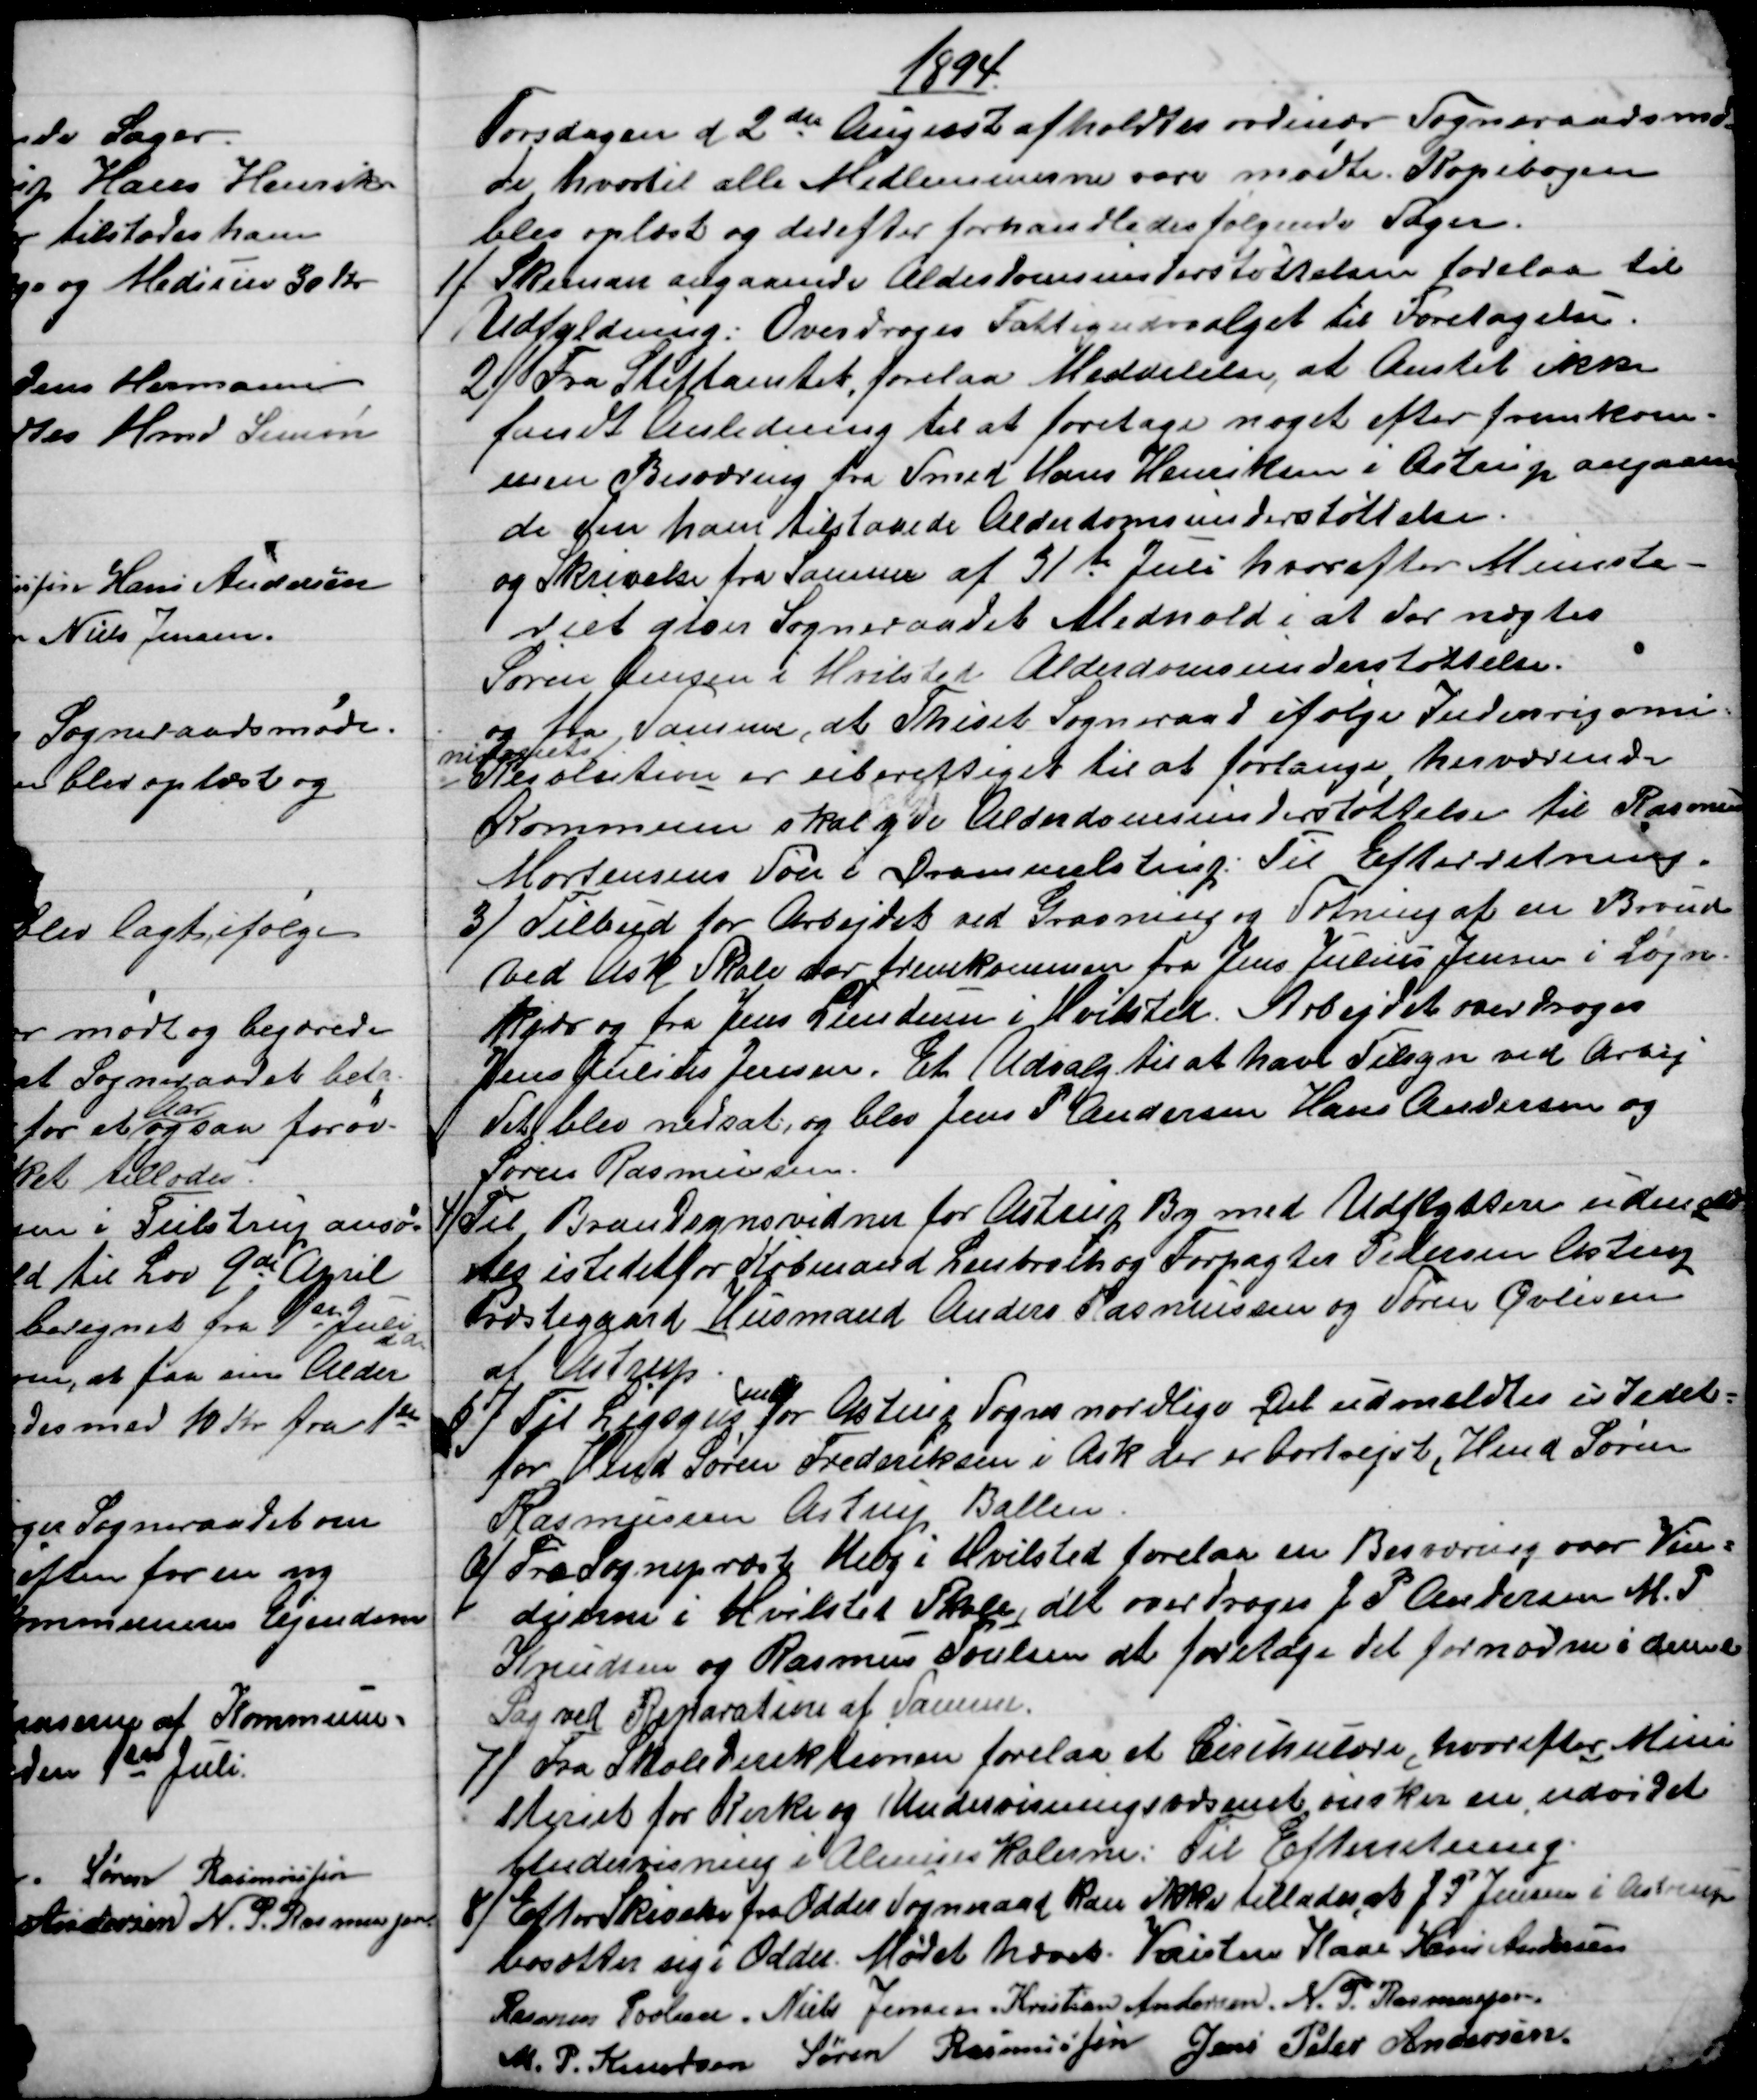
Transskription:
1894
Torsdagen d. 2den August afholdtes ordinær Sogneraadsmø-
de hvortil alle Medlemmerne vare mødte. Kopibogen
blev oplæst og derefter forhandledes følgende Sager.
1)
Skemaer angaaende Alderdomsunderstøttelsen forelaa til
Udfyldning: Overdroges Fattigudvalget til Foretagelse.
2)
Fra Stiftamtet forelaa Meddelelse, at Amtet ikke
fandt Anledning til at foretage noget efter fremkom-
men Besværing fra Smed Hans Henriksen i Astrup angaaen
de den ham tilstaaede Alderdomsunderstøttelse.
og Skrivelse fra Samme af 31te Juli hvorefter Ministe-
riet giver Sogneraadet Medhold i at der nægtes
Søren Jensen i Hvilsted Alderdomsunderstøttelse.
og fra Samme, at Thiset Sogneraad ifølge Indenrigsmi-
nisteriets
Resolution er uberettiget til at forlange herværende
Kommune skal yde Alderdomsunderstøttelse til Rasmus
Mortensens Søn i Drammelstrup. Til Efterretning.
3) 
Tilbud for Arbejdet ved Gravning og Sætning af en Brønd
ved Ask Skole var fremkommen fra Jens Julius Jensen i Løjn-
kær og fra Jens Lundum i Hvilsted. Arbejdet overdroges
Jens Julius Jensen. Et Udvalg til at have Tilsyn ved Arbej
det blev nedsat, og blev Jens P Andersen Hans Andersen og
Søren Rasmussen.
4) Til Brandsynsvidner for Astrup By med Udflyttere udmeld
tes istedetfor Købmand Lenbroch og Forpagter Pedersen Astrup
Præstegaard Husmand Anders Rasmussen og Søren Øvlisen
af Astrup.
5) 
Til Ligsyns
mand
for Astrup Sogns nordlige Del udmeldtes istedet=
for Hmd Søren Frederiksen i Ask der er bortrejst, Hmd Søren
Rasmussen Astrup Ballen
6)
Fra Sognepræst Melby i Hvilsted forelaa en Besværing over Vin=
duerne i Hvilsted Skole, det overdroges J. P. Andersen M. P
Knudsen og Rasmus Poulsen at foretage det fornødne i denne
Sag ved Reparation af Samme.
7) 
Fra Skoledirektionen forelaa et Cirkulære, hvorefter Mini
steriet for Kirke og Undervisningsvæsenet ønsker en udvidet
Undervisning i Almueskolerne: Til Efterretning.
8) 
Efter Skivelse fra Odder Sogneraad kan ikke tillades, at J. P. Jensen i Astrup
bosætter sig i Odder. Mødet hævet. Kristen Kaae Hans Andersen
Rasmus Povlsen. Niels Jensen. Kristian Andersen. N. P. Rasmussen.
M. P. Knudsen Søren Rasmussen Jens Peter Andersen